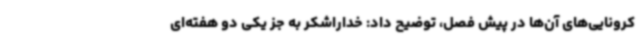
کرونایی‌های آن‌ها در پیش فصل، توضیح داد: خداراشکر به جز یکی دو هفته‌ای